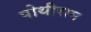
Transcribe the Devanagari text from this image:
पोथीराम